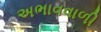
અભાવવાળી